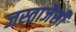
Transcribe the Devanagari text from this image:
जस्ताजैसी